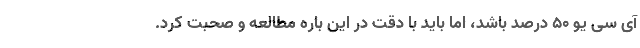
آی سی یو 50 درصد باشد، اما باید با دقت در این باره مطالعه و صحبت کرد.